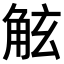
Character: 𧣙